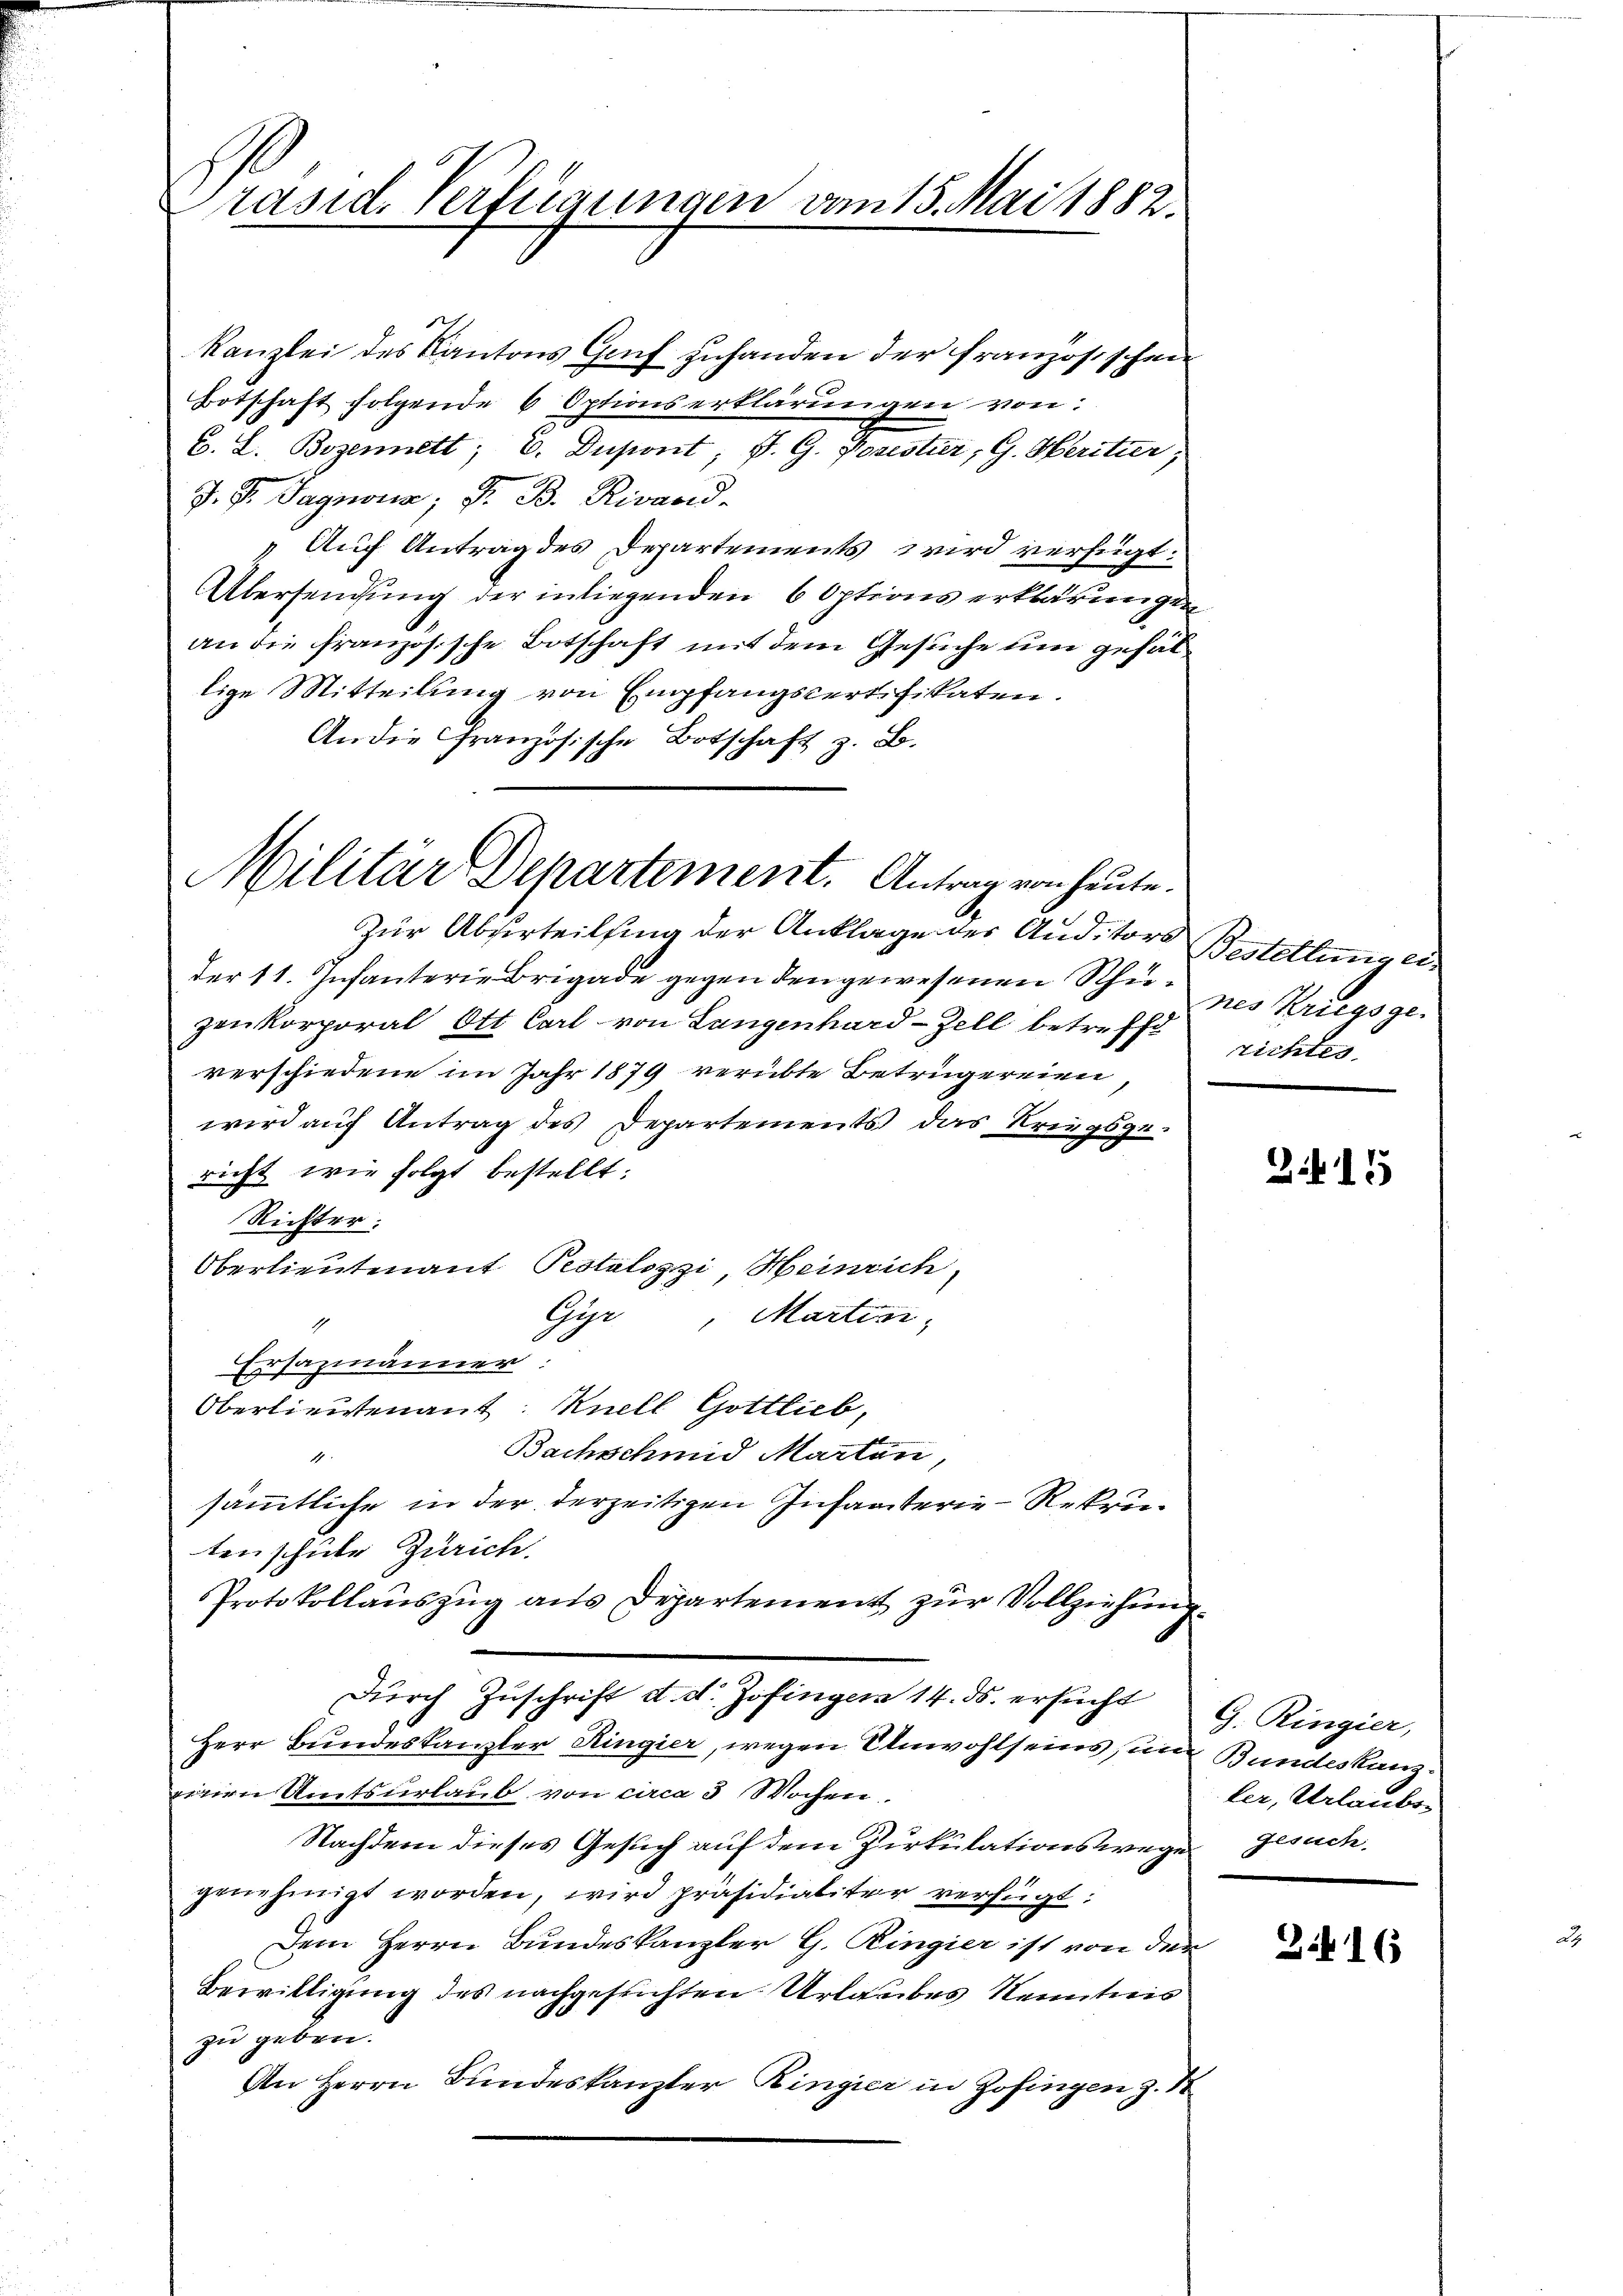
räsid. Verfügungen vom 15. Mai 1882.

Kanzlei des Kantons Gruf zuhanden der französischen
Botschaft folgende 6 Optionserklärungen von
C. L. Bozennet; E. Dupont; P. G. Porestier, G. Heritier,
J. G. Sagnona; G. B. Rivand-
„Auf Antrag des Departements wird verfügt:
Übersendung der in liegenden 6 Options erklärungen
an die französische Botschaft mit dem Gesuche um gehallige Mitteilung von Empfangscertifikaten.
An die Französische Botschaft z. B.

sich

Militär Departement. Antrag von heute.
Zur Abferteilsing der Anklage des Auditors

der 11. Infanterie Brigade gegen den gewesenen Schuzenkorporal Ott Carl von Langenhard-Zell betreffe richtes.
verschiedene im Jahr 1879 verübte Betrugereien,
wird auf Antrag des Departements das Kriegsge-
richt wie folgt bestellt:
Richter:
Oberlieutenant Pestalozzi, Heinrich,
Gyr, Martini,
1
Ersazmänner:
Oberlieutenant: Ruell Gottlieb,
Bachschmid Marten,
4
sämmtliche in der derzeitigen Infanterie-Rekrutenschule Zürich.
Protokollauszug aus Departement zur Vollziehung.
dŭrch Zuschrift d. d. Zofingen 14. ds. ersucht
Herr Bundeskanzler Ringier, wegen Unwohlseins in Bundeskanzeinen Amtsurlaub von circa 3 Wochen.
Nachdem dieses Gesuch auf dem Pirkulationswege Gesuch
genehmigt worden, wird präsidialiter verfügt:
Dem Herrn Bundeskanzler G. Ringier ist von der
Bewilligung des nachgesichten Urlaubes Kenntnis
zu geben.
An Herrn Bundeskanzler Ringier in Zofingen z. S

Bestellung ein
nes Kriegsge

215

G. Ringier,
ler, Urlaubs-

3.416